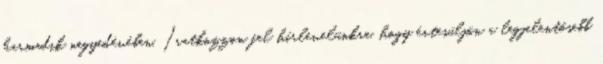
harmadik negyedévében. Iratkozzon fel hírlevelünkre, hogy értesüljön a legjelentősebb